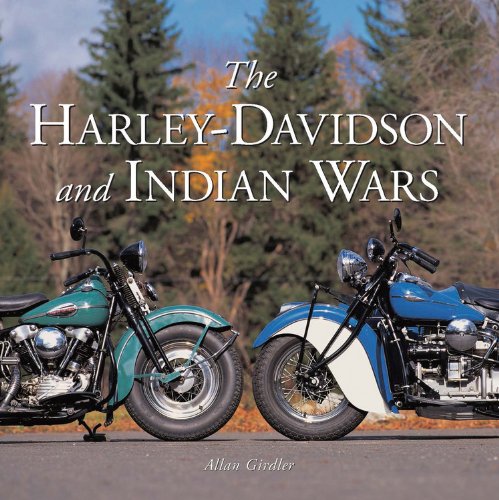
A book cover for The Harley-Davidson and Indian Wars; Allan Girdler; Arts & Photography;